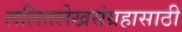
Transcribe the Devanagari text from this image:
ललितलेखसंग्रहासाठी